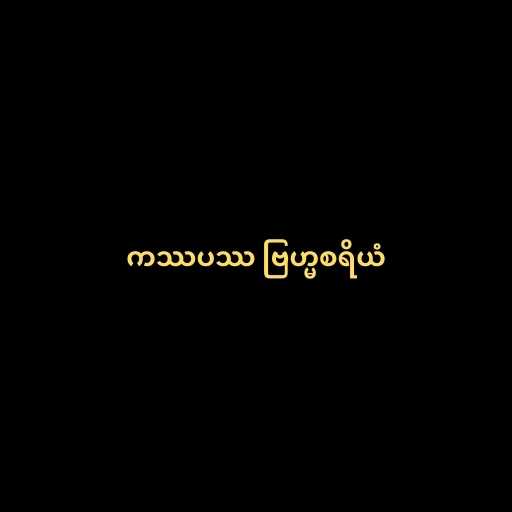
ကဿပဿ ဗြဟ္မစရိယံ